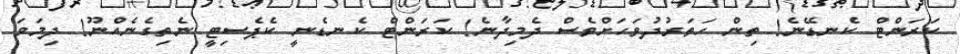
ކަރަންޓް ކެނޑޭނެ! ތިން ހަތަރުދުވަހަށްވެސް ދެމިދާނެ! ކަރަންޓް ކެނޑެނީ ކެޕެސިޓީ ނެތިގެނެއްނޫ! ދިމަވަ